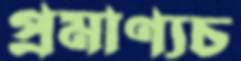
প্রমাণ্যচ